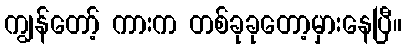
ကျွန်တော့် ကားက တစ်ခုခုတော့မှားနေပြီ။